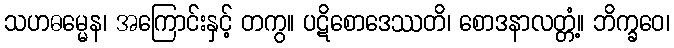
သဟဓမ္မေန၊ အကြောင်းနှင့် တကွ။ ပဋိစောဒေဿတိ၊ စောဒနာလတ္တံ့။ ဘိက္ခဝေ၊